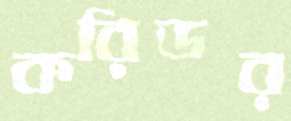
করিডর